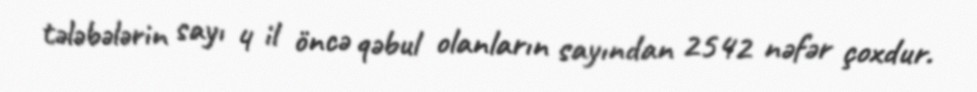
tələbələrin sayı 4 il öncə qəbul olanların sayından 2542 nəfər çoxdur.